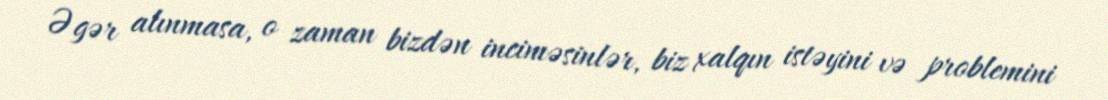
Əgər alınmasa, o zaman bizdən inciməsinlər, biz xalqın istəyini və problemini